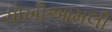
ચોખીઆમલી